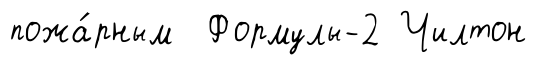
пожа́рным Формулы-2 Чилтон